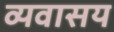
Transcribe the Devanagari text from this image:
व्यवासय